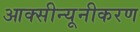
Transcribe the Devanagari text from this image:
आक्सीन्यूनीकरण